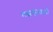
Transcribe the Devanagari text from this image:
मंझकुमइयाँ